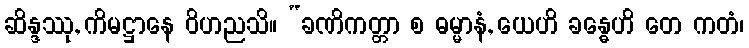
ဆိန္ဒဿု, ကိမဋ္ဌာနေ ဝိဟညသိ။ “ခဏိကတ္တာ စ ဓမ္မာနံ, ယေဟိ ခန္ဓေဟိ တေ ကတံ၊